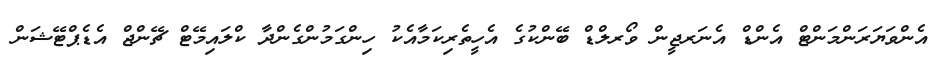
އެންވަޔަރަންމަންޓް އެންޑް އެނަރޖީން ވޯރލްޑް ބޭންކުގެ އެހީތެރިކަމާއެކު ހިންގަމުންގެންދާ ކްލައިމޭޓް ޗޭންޖް އެޑެޕްޓޭޝަން